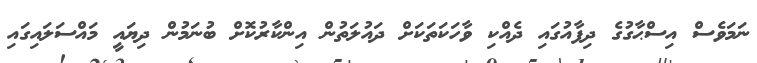
ނަމަވެސް އިސްޙާގުގެ ދިފާއުގައި ދެއްކި ވާހަކަތަކަށް ދައުލަތުން އިންކާރުކޮށް ބުނަމުން ދިޔައީ މައްސަލައިގައި